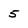
Character: 5